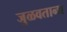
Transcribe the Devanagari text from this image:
जुळवताना